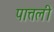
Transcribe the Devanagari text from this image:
पात्तली